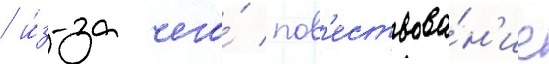
/ и́з-за чего́ пов'ествова́н'ие